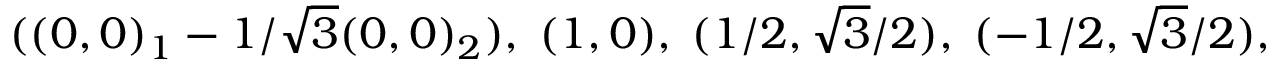
( ( 0 , 0 ) _ { 1 } - 1 / \sqrt { 3 } ( 0 , 0 ) _ { 2 } ) , \; ( 1 , 0 ) , \; ( 1 / 2 , \sqrt { 3 } / 2 ) , \; ( - 1 / 2 , \sqrt { 3 } / 2 ) ,